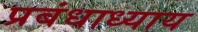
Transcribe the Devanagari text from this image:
प्रबंधाध्याय